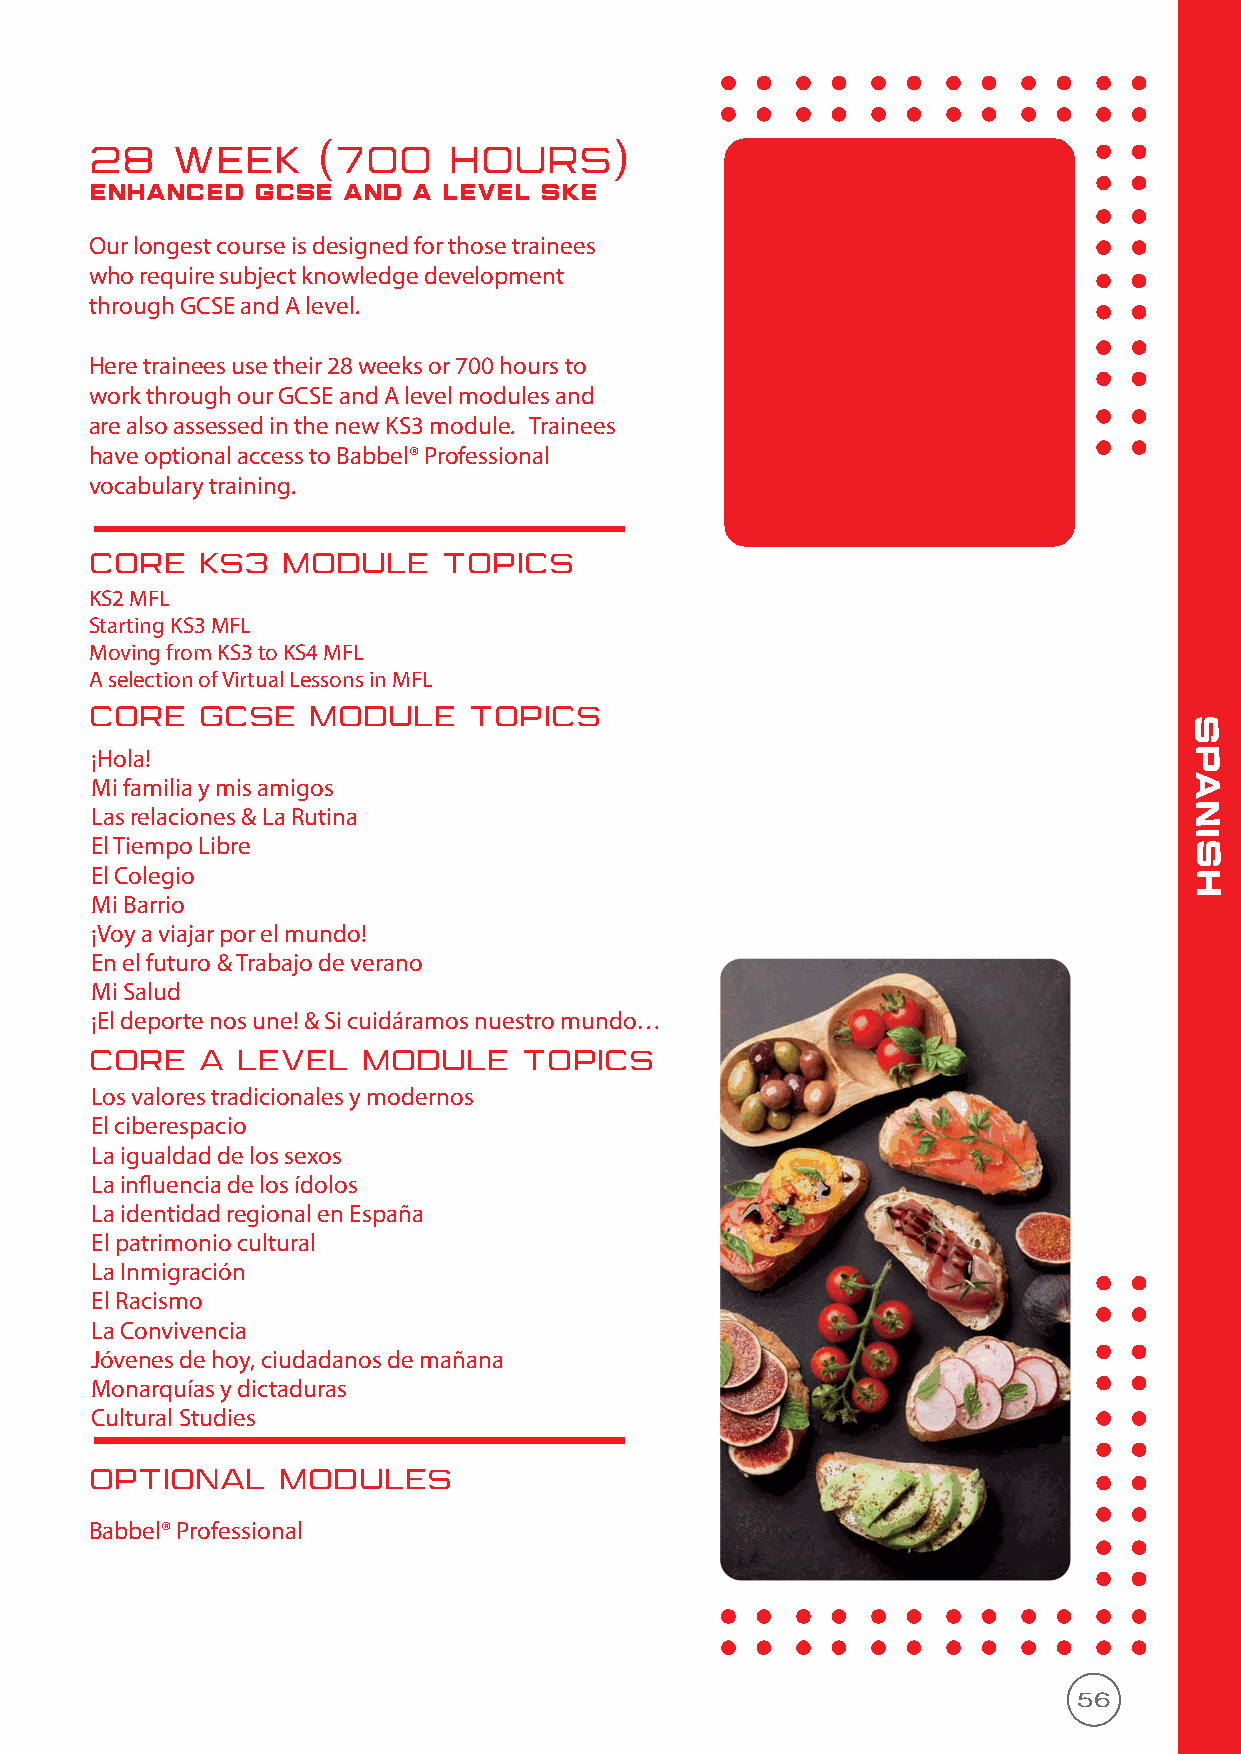
28   WEEK      (700     HOURS)
 enhanced   gcse  and A LEVEL  SKE
 Our longest course is designed for those trainees
 who require subject knowledge development
 through GCSE and A level.
 Here trainees use their 28 weeks or 700 hours to
 work through our GCSE and A level modules and
 are also assessed in the new KS3 module. Trainees
 have optional access to Babbel® Professional
 vocabulary training.
 CORE   KS3   MODULE    TOPICS
 KS2 MFL
 Starting KS3 MFL
 Moving from KS3 to KS4 MFL
 A selection of Virtual Lessons in MFL
 CORE   GCSE   MODULE     TOPICS
 s
 ¡Hola!                                                                   p
 Mi familia y mis amigos                                                  a
 Las relaciones & La Rutina                                               n
 i
 El Tiempo Libre                                                          s
 El Colegio                                                               h
 Mi Barrio
 ¡Voy a viajar por el mundo!
 En el futuro & Trabajo de verano
 Mi Salud
 ¡El deporte nos une! & Si cuidáramos nuestro mundo…
 CORE   A  LEVEL   MODULE     TOPICS
 Los valores tradicionales y modernos
 El ciberespacio
 La igualdad de los sexos
 La influencia de los ídolos
 La identidad regional en España
 El patrimonio cultural
 La Inmigración
 El Racismo
 La Convivencia
 Jóvenes de hoy, ciudadanos de mañana
 Monarquías y dictaduras
 Cultural Studies
 OPTIONAL     MODULES
 Babbel® Professional
 56